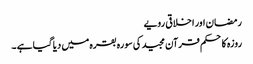
رمضان اور اخلاقی رویے
روزہ کا حکم قرآن مجید کی سورہ بقرہ میں دیا گیا ہے ۔